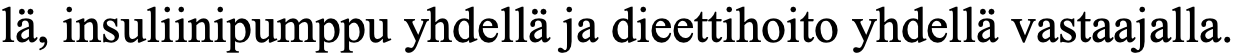
lä, insuliinipumppu yhdellä ja dieettihoito yhdellä vastaajalla.